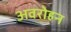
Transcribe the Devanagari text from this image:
अवरोहन